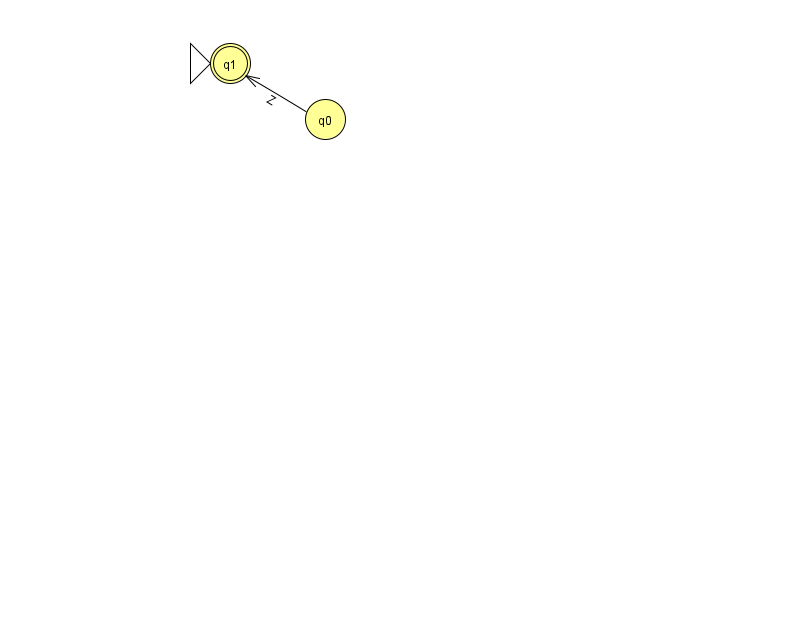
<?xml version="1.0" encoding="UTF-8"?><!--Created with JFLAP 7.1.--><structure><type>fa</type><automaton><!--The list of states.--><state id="0" name="q0"><x>325.0</x><y>106.0</y></state><state id="1" name="q1"><x>230.0</x><y>50.0</y><initial/><final/></state><!--The list of transitions.--><transition><from>0</from><to>1</to><read>Z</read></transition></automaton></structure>